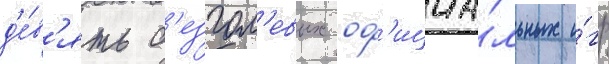
д'е́в'ять б'езгол'евых оф'ициа́льных и́гр